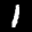
Label: 1